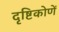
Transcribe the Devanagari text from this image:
दृष्टिकोणें